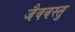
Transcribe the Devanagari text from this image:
जैववस्तु